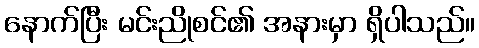
နောက်ပြီး မင်းညိုစင်၏ အနားမှာ ရှိပါသည်။